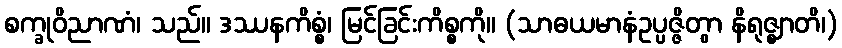
စက္ခုဝိညာဏံ၊ သည်။ ဒဿနကိစ္စံ၊ မြင်ခြင်းကိစ္စကို။ (သာဓယမာနံဥပ္ပဇ္ဇိတွာ နိရုဇ္ဈာတိ၊)